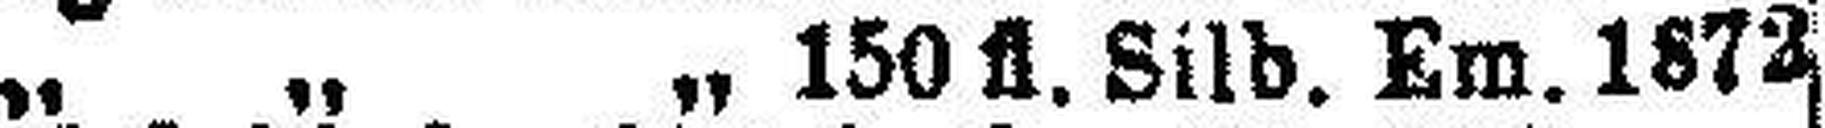
,, „ „ 150 fl. Silb. Em. 1872